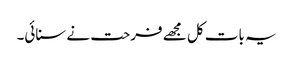
یہ بات کل مجھے فرحت نے سنائی۔